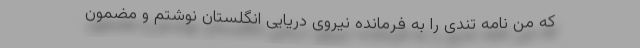
که من نامه تندی را به فرمانده نیروی دریایی انگلستان نوشتم و مضمون